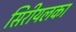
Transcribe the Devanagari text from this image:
सिरीयलका